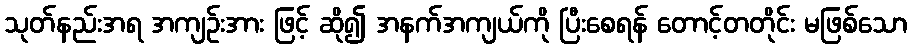
သုတ်နည်းအရ အကျဉ်းအား ဖြင့် ဆို၍ အနက်အကျယ်ကို ပြီးစေရန် တောင့်တတိုင်း မဖြစ်သော